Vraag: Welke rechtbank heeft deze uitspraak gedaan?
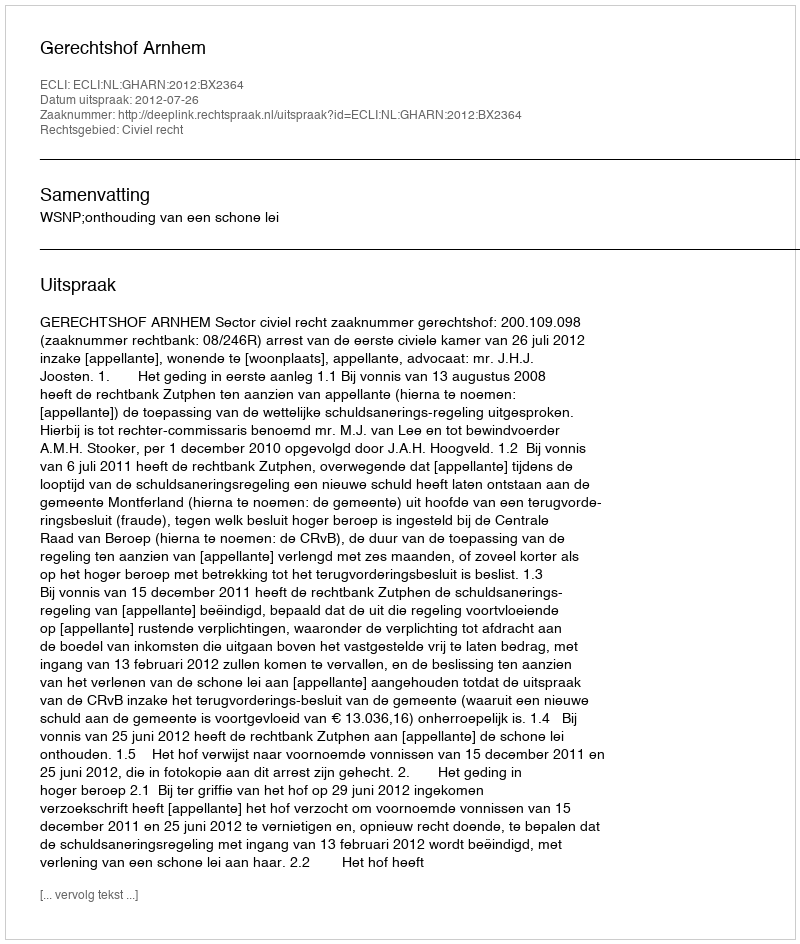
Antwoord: Gerechtshof Arnhem